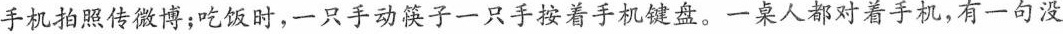
手机拍照传微博；吃饭时，一只手动筷子一只手按着手机键盘。一桌人都对着手机，有一句没